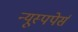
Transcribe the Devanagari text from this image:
न्यूस्पपेर्स